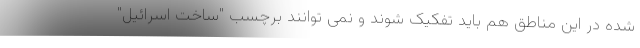
شده در این مناطق هم باید تفکیک شوند و نمی توانند برچسب "ساخت اسرائیل"